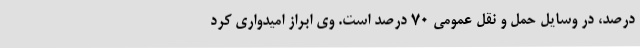
درصد، در وسایل حمل و نقل عمومی 70 درصد است. وی ابراز امیدواری کرد